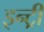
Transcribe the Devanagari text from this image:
इन्ट्री